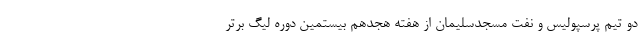
دو تیم پرسپولیس و نفت مسجدسلیمان از هفته هجدهم بیستمین دوره لیگ برتر